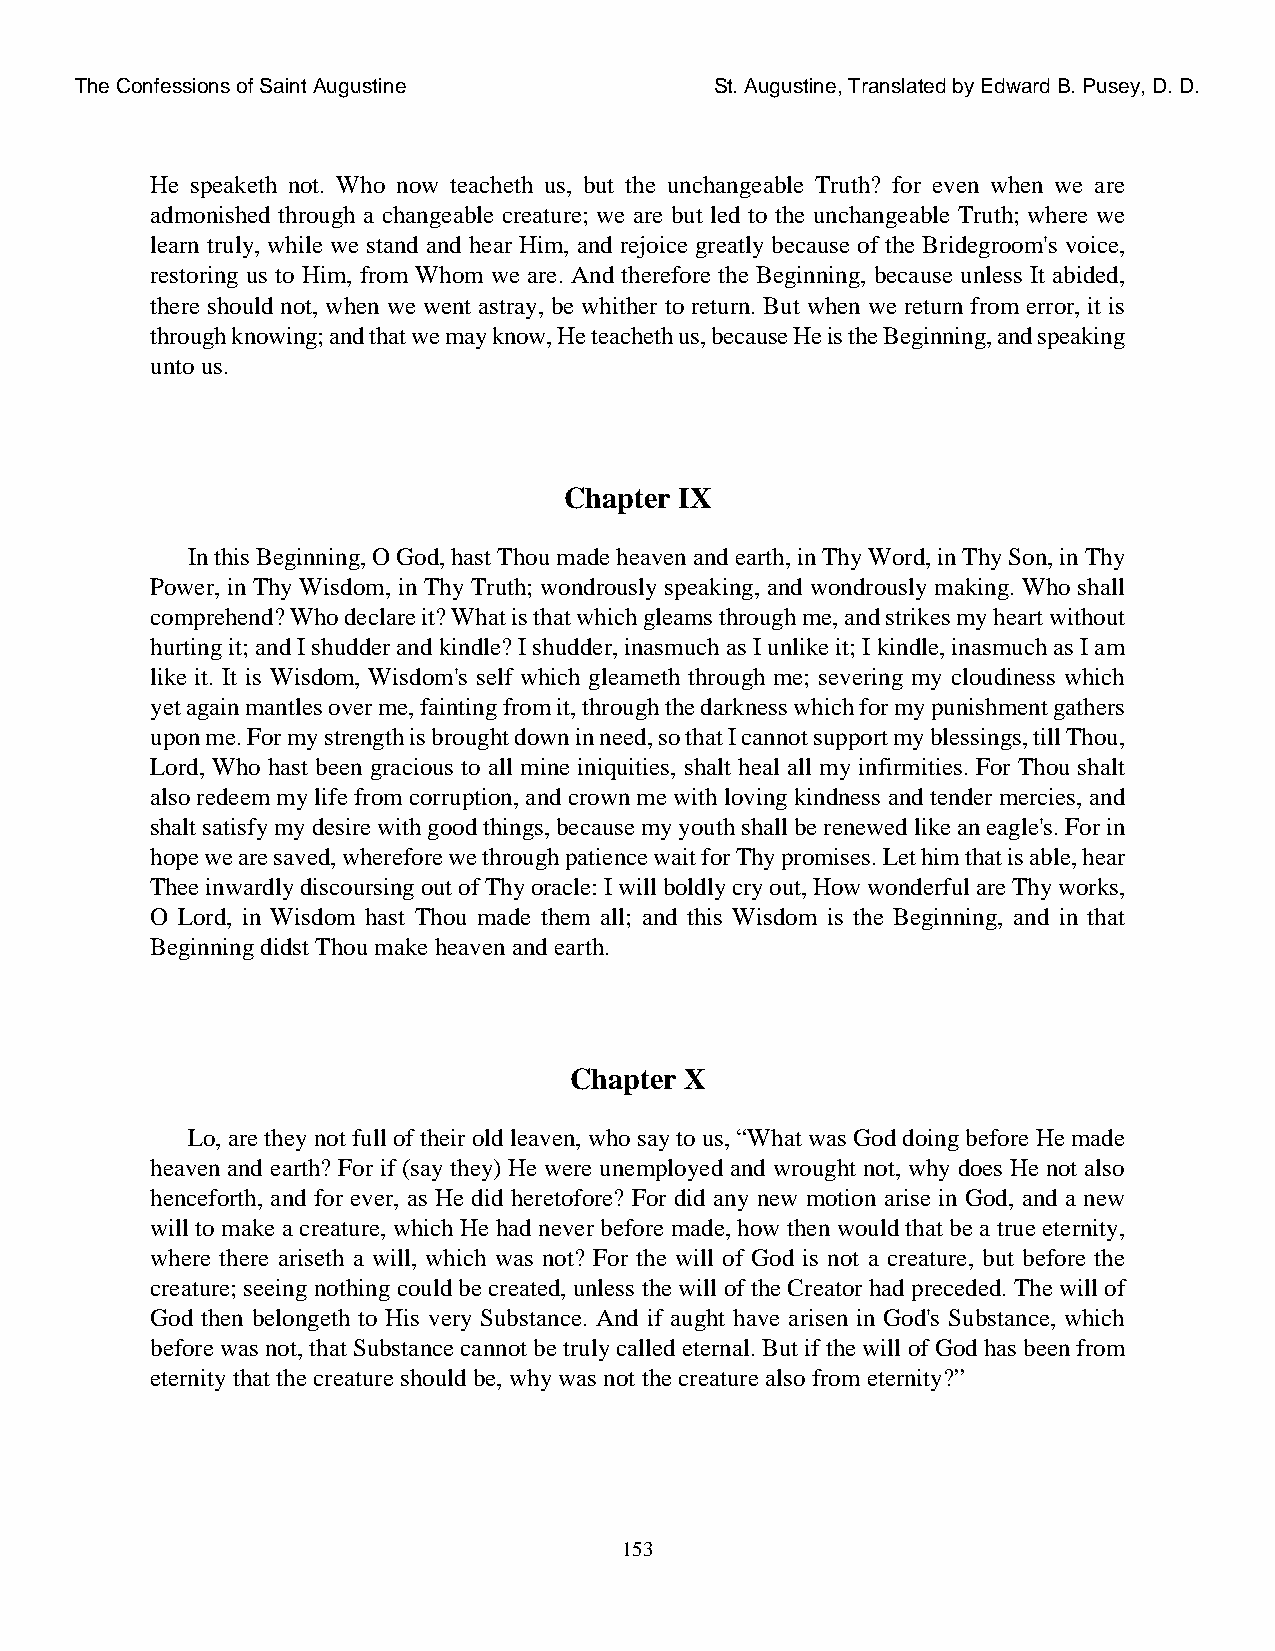
The Confessions of Saint Augustine        St. Augustine, Translated by Edward B. Pusey, D. D.
 He speaketh not. Who now teacheth us, but the unchangeable Truth? for even when we are
 admonished through a changeable creature; we are but led to the unchangeable Truth; where we
 learn truly, while we stand and hear Him, and rejoice greatly because of the Bridegroom's voice,
 restoring us to Him, from Whom we are. And therefore the Beginning, because unless It abided,
 there should not, when we went astray, be whither to return. But when we return from error, it is
 through knowing; and that we may know, He teacheth us, because He is the Beginning, and speaking
 unto us.
 Chapter IX
 In this Beginning, O God, hast Thou made heaven and earth, in Thy Word, in Thy Son, in Thy
 Power, in Thy Wisdom, in Thy Truth; wondrously speaking, and wondrously making. Who shall
 comprehend? Who declare it? What is that which gleams through me, and strikes my heart without
 hurting it; and I shudder and kindle? I shudder, inasmuch as I unlike it; I kindle, inasmuch as I am
 like it. It is Wisdom, Wisdom's self which gleameth through me; severing my cloudiness which
 yet again mantles over me, fainting from it, through the darkness which for my punishment gathers
 upon me. For my strength is brought down in need, so that I cannot support my blessings, till Thou,
 Lord, Who hast been gracious to all mine iniquities, shalt heal all my infirmities. For Thou shalt
 also redeem my life from corruption, and crown me with loving kindness and tender mercies, and
 shalt satisfy my desire with good things, because my youth shall be renewed like an eagle's. For in
 hope we are saved, wherefore we through patience wait for Thy promises. Let him that is able, hear
 Thee inwardly discoursing out of Thy oracle: I will boldly cry out, How wonderful are Thy works,
 O Lord, in Wisdom hast Thou made them all; and this Wisdom is the Beginning, and in that
 Beginning didst Thou make heaven and earth.
 Chapter X
 Lo, are they not full of their old leaven, who say to us, “What was God doing before He made
 heaven and earth? For if (say they) He were unemployed and wrought not, why does He not also
 henceforth, and for ever, as He did heretofore? For did any new motion arise in God, and a new
 will to make a creature, which He had never before made, how then would that be a true eternity,
 where there ariseth a will, which was not? For the will of God is not a creature, but before the
 creature; seeing nothing could be created, unless the will of the Creator had preceded. The will of
 God then belongeth to His very Substance. And if aught have arisen in God's Substance, which
 before was not, that Substance cannot be truly called eternal. But if the will of God has been from
 eternity that the creature should be, why was not the creature also from eternity?”
 153